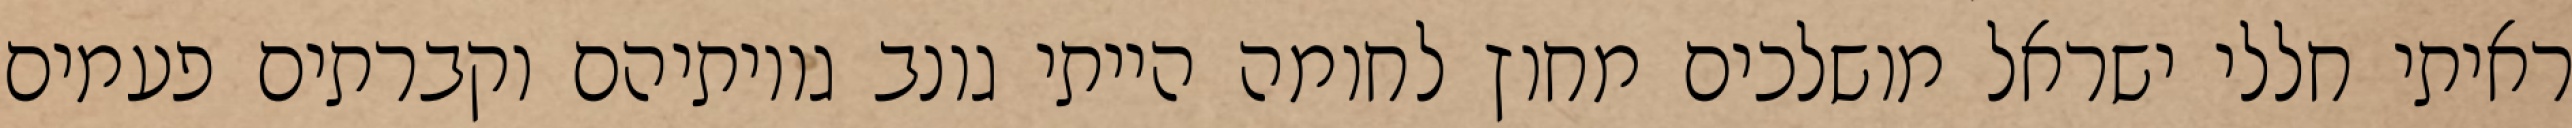
ראיתי חללי ישראל מושלכים מחוץ לחומה הייתי גונב גויותיהם וקברתים פעמים